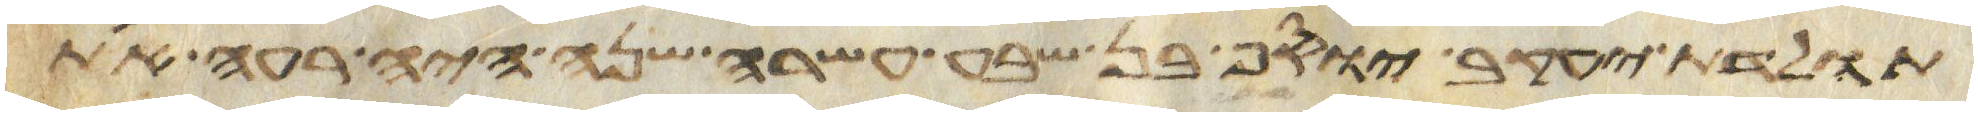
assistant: תולדת יעקב יוסף בן שבע עשרה שנה היה רעה את